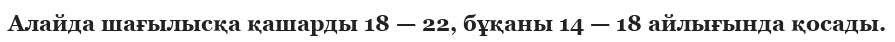
Алайда шағылысқа қашарды 18 — 22, бұқаны 14 — 18 айлығында қосады.